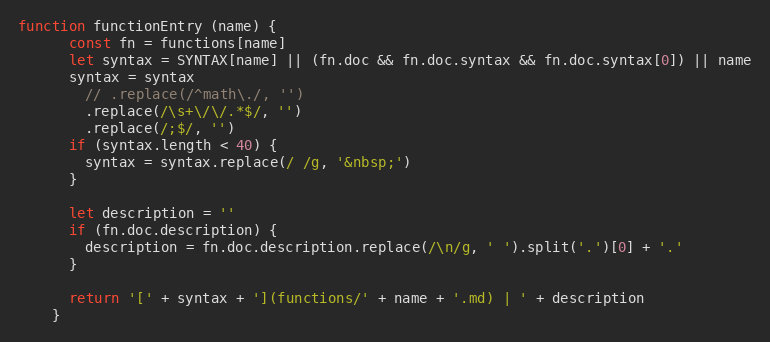
Language: JavaScript
function functionEntry (name) {
      const fn = functions[name]
      let syntax = SYNTAX[name] || (fn.doc && fn.doc.syntax && fn.doc.syntax[0]) || name
      syntax = syntax
        // .replace(/^math\./, '')
        .replace(/\s+\/\/.*$/, '')
        .replace(/;$/, '')
      if (syntax.length < 40) {
        syntax = syntax.replace(/ /g, '&nbsp;')
      }

      let description = ''
      if (fn.doc.description) {
        description = fn.doc.description.replace(/\n/g, ' ').split('.')[0] + '.'
      }

      return '[' + syntax + '](functions/' + name + '.md) | ' + description
    }